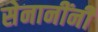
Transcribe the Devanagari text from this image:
सेनानींनी